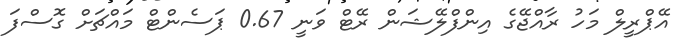
އޭޕްރީލް މަހު ރާއްޖޭގެ އިންފްލޭޝަން ރޭޓް ވަނީ 0.67 ޕަސެންޓް މައްޗަށް ގޮސްފަ